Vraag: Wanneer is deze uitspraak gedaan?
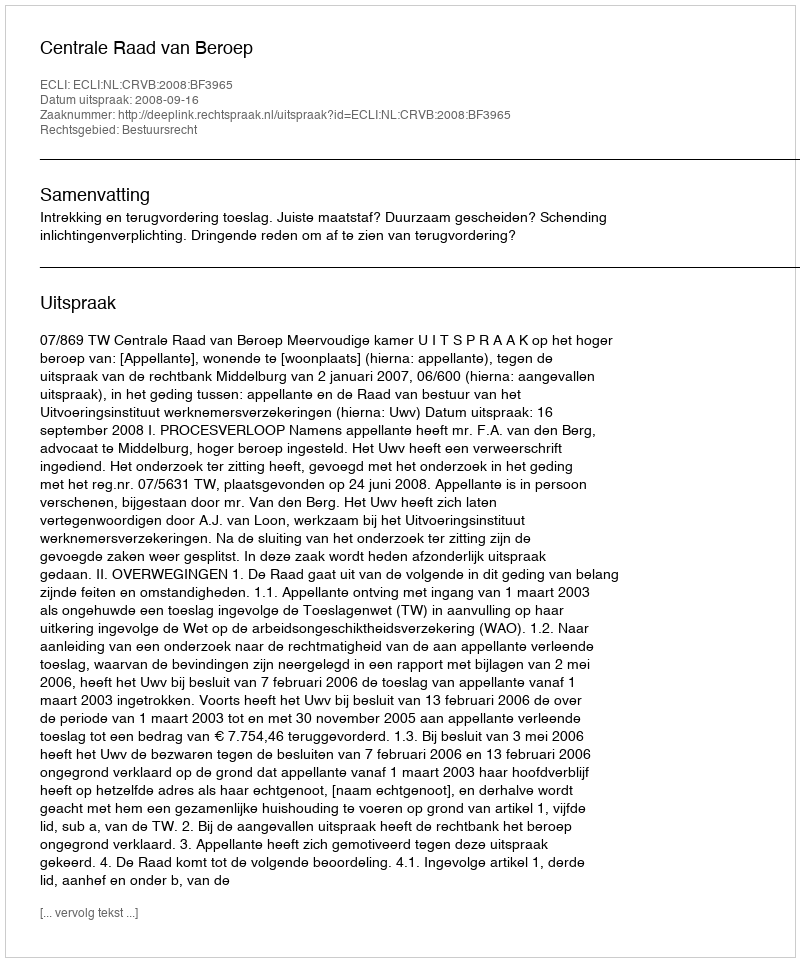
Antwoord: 2008-09-16